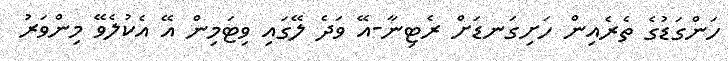
ހަންގަޑުގެ ތެރެއިން ހަށިގަނޑަށް ރެޓިނާ-އޭ ވަދެ ލޭގައި ވިޓަމިން އޭ އެކުލެވޭ މިންވަރު